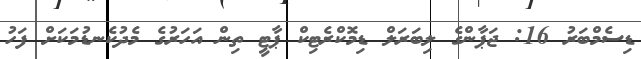
ޑިސެމްބަރު 16: ޖަޕާންގެ ލިބަރަލް ޑިމޮކްރެޓިކް ޕާޓީ ތިން އަހަރުގެ މެދުކެނޑުމަކަށް ފަހު